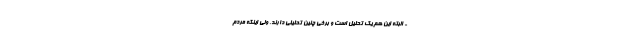
- البته این هم یک تحلیل است و برخی چنین تحلیلی دارند. ولی اینکه مردم